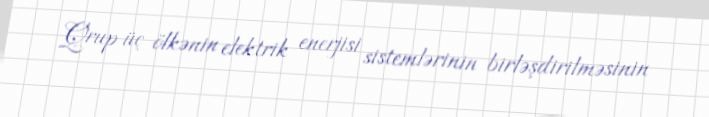
Qrup üç ölkənin elektrik enerjisi sistemlərinin birləşdirilməsinin